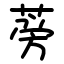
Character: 蒡